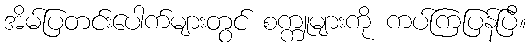
အိမ်ပြတင်းပေါက်များတွင် စက္ကူများကို ကပ်ကြပြန်ပြီ။